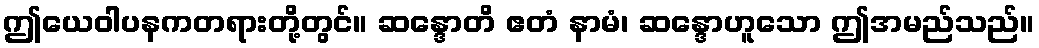
ဤယေဝါပနကတရားတို့တွင်။ ဆန္ဒောတိ ဧတံ နာမံ၊ ဆန္ဒောဟူသော ဤအမည်သည်။